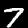
Label: 7